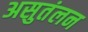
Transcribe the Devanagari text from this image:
असुतंलन